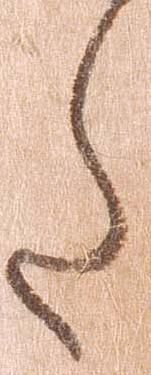
た